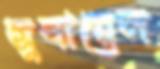
সুবায়েল